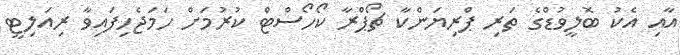
އާއި އެކު ބޮލީވުޑްގެ ތަރި ޕްރިޔަންކާ ޗޯޕްރާ ކޯހޯސްޓް ކުރުމަށް ހަމަޖެހިފައިވާ ރިއަލިޓީ